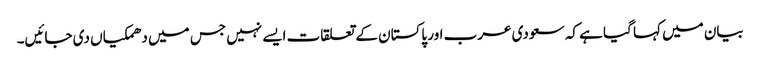
بیان میں کہا گیا ہے کہ سعودی عرب اور پاکستان کے تعلقات ایسے نہیں جس میں دھمکیاں دی جائیں۔